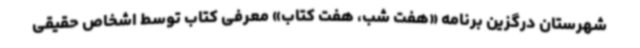
شهرستان درگزین برنامه «هفت شب، هفت کتاب» معرفی کتاب توسط اشخاص حقیقی